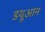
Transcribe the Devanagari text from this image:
डयूआन